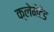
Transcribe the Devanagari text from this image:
क्लेमेटेड